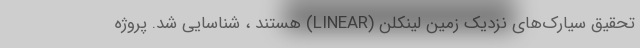
تحقیق سیارک‌های نزدیک زمین لینکلن (LINEAR) هستند ، شناسایی شد. پروژه